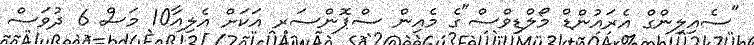
"ސެއިލިންގް އެރައުންޑް މޯލްޑިވްސް"ގެ މެއިން ސްޕޮންސަރ އަކަށް އެލިއާ10 މަސް 6 ދުވަސް